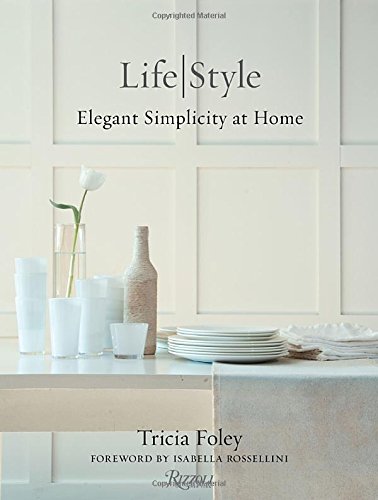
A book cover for Tricia Foley Life/Style: Elegant Simplicity at Home; Tricia Foley; Crafts, Hobbies & Home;